Insane asylums in Bengal annual reports 1867-1875 - 1867-1875
Year: 1867
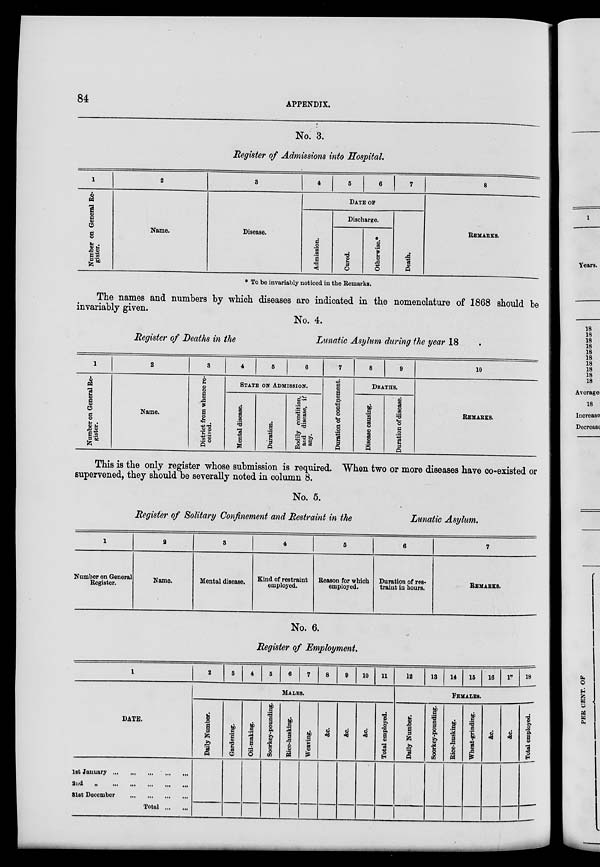
84
APPENDIX.
No. 3.
Register of Admissions into Hospital.
1
Number on General Re-
gister.
2
Name.
3
Disease.
4
5
6
7
DATE OF
Admission.
Discharge.
Cured.
Otherwise.*
Death.
8
REMARKS.
* To be invariably noticed in the Remarks.
The names and numbers by which diseases are indicated in the nomenclature of 1868 should be
invariably given.
No. 4.
Register of Deaths in the
Lunatic Asylum during the year 18
1
Number on General Re-
gister.
2
Name.
3
District from whence re-
ceived.
4
5
6
STATE ON ASMISSION.
Mental disease.
Duration.
Bodily condition,
and disease, if
any.
7
Duration of confinement.
8
9
DEATHS.
Disease causing.
Duration of disease.
10
REMARKS.
This is the only register whose submission is required. When two or more diseases have co-existed or
supervened, they should be severally noted in column 8.
No. 5.
Register of Solitary Confinement and Restraint in the
Lunatic Asylum.
1
Number on General
Register.
a
Name.
3
Mental disease.
4
Kind of restraint
employed.
5
Reason for which
employed.
6
Duration of res-
traint in hours.
7
REMARKS.
No. 6.
Register of Employment.
1
DATE.
1st Jauuary ... ... ... ... ...
2nd
„
...
...
...
...
31st December ... ... ... ...
Total ... ...
2
3
4
5
6
7
8
9
10
11
MALES.
Daily Number.
Gardening.
Oil-making.
Soorkey-pounding.
Rice-husking.
Weaving.
&c.
&c.
&c.
Total employed.
12
13
14
15
16
17
18
FEMALES.
Daily Number.
Soorkey-pounding.
Rice-husking.
Wheat-grinding.
&c.
&c.
Total employed.